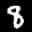
Label: 8